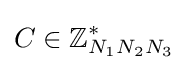
C\in \mathbb {Z} _{N_{1}N_{2}N_{3}}^{*}